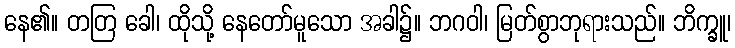
နေ၏။ တတြ ခေါ၊ ထိုသို့ နေတော်မူသော အခါ၌။ ဘဂဝါ၊ မြတ်စွာဘုရားသည်။ ဘိက္ခူ၊